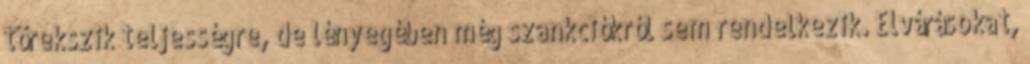
törekszik teljességre, de lényegében még szankciókról sem rendelkezik. Elvárásokat,